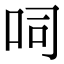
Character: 呞